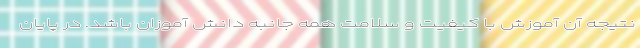
نتیجه آن آموزش با کیفیت و سلامت همه جانبه دانش آموزان باشد. در پایان